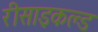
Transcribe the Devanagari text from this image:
रीसाइकल्ड